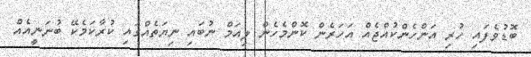
ބޮޑުވެފައި ހުރި އަންހެންކުއްޖެއް އަހަރެން ކޮންމެހެން ލިއަމް ނުބައި ނިޔަތެއްގައި ކުރާކަމެކޭ ބުނަނީއެއް